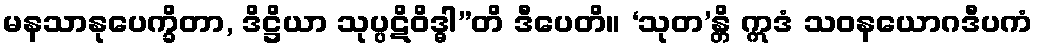
မနသာနုပေက္ခိတာ, ဒိဋ္ဌိယာ သုပ္ပဋိဝိဒ္ဓါ”တိ ဒီပေတိ။ ‘သုတ’န္တိ ဣဒံ သဝနယောဂဒီပကံ